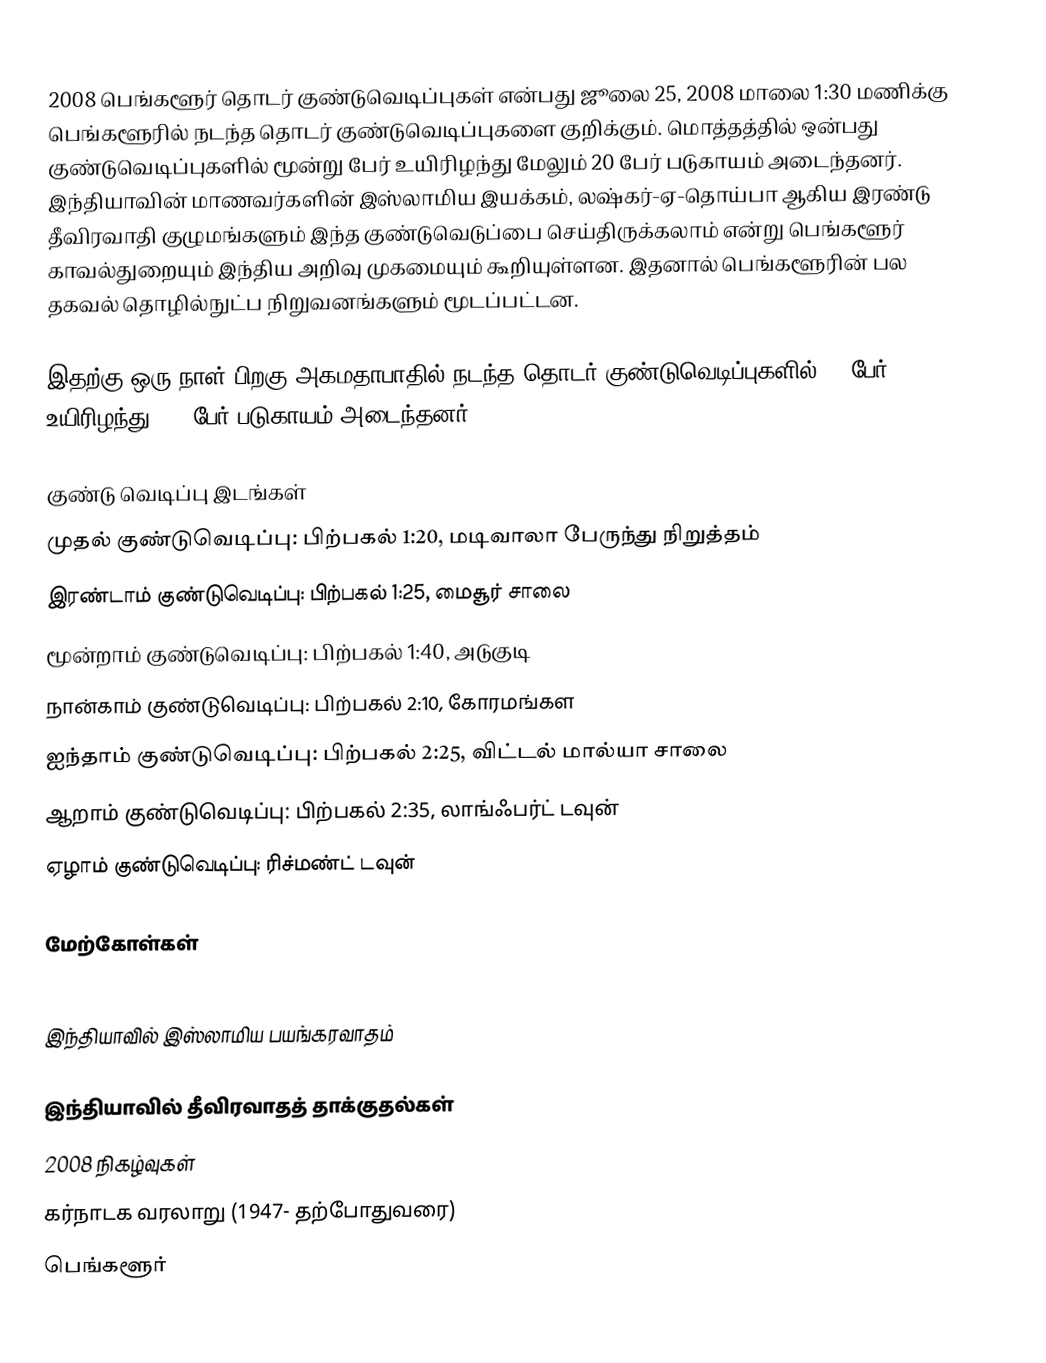
2008 பெங்களூர் தொடர் குண்டுவெடிப்புகள் என்பது ஜூலை 25, 2008 மாலை 1:30 மணிக்கு பெங்களூரில் நடந்த தொடர் குண்டுவெடிப்புகளை குறிக்கும். மொத்தத்தில் ஒன்பது குண்டுவெடிப்புகளில் மூன்று பேர் உயிரிழந்து மேலும் 20 பேர் படுகாயம் அடைந்தனர். இந்தியாவின் மாணவர்களின் இஸ்லாமிய இயக்கம், லஷ்கர்-ஏ-தொய்பா ஆகிய இரண்டு தீவிரவாதி குழுமங்களும் இந்த குண்டுவெடுப்பை செய்திருக்கலாம் என்று பெங்களூர் காவல்துறையும் இந்திய அறிவு முகமையும் கூறியுள்ளன. இதனால் பெங்களூரின் பல தகவல் தொழில்நுட்ப நிறுவனங்களும் மூடப்பட்டன.

இதற்கு ஒரு நாள் பிறகு அகமதாபாதில் நடந்த தொடர் குண்டுவெடிப்புகளில் 26 பேர் உயிரிழந்து 100 பேர் படுகாயம் அடைந்தனர்.

குண்டு வெடிப்பு இடங்கள்
முதல் குண்டுவெடிப்பு: பிற்பகல் 1:20, மடிவாலா பேருந்து நிறுத்தம்
இரண்டாம் குண்டுவெடிப்பு: பிற்பகல் 1:25, மைசூர் சாலை
மூன்றாம் குண்டுவெடிப்பு: பிற்பகல் 1:40, அடுகுடி
நான்காம் குண்டுவெடிப்பு: பிற்பகல் 2:10, கோரமங்கள
ஐந்தாம் குண்டுவெடிப்பு: பிற்பகல் 2:25, விட்டல் மால்யா சாலை
ஆறாம் குண்டுவெடிப்பு: பிற்பகல் 2:35, லாங்ஃபர்ட் டவுன்
ஏழாம் குண்டுவெடிப்பு: ரிச்மண்ட் டவுன்

மேற்கோள்கள்

இந்தியாவில் இஸ்லாமிய பயங்கரவாதம்

இந்தியாவில் தீவிரவாதத் தாக்குதல்கள்
2008 நிகழ்வுகள்
கர்நாடக வரலாறு (1947- தற்போதுவரை)
பெங்களூர்